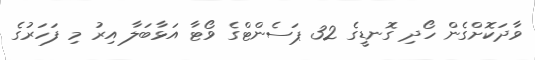
ވާދަކޮށްގެން ހޯދި ގޮނޑީގެ 32 ޕަސެންޓްގެ ވޯޓާ އަޅާބަލާ އިރު މި ފަހަރުގެ